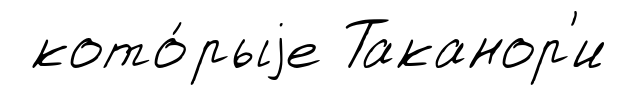
кото́рыjе Таканор'и